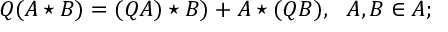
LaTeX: Q ( A \star B ) = ( Q A ) \star B ) + A \star ( Q B ) , ~ ~ A , B \in { \cal A } ;